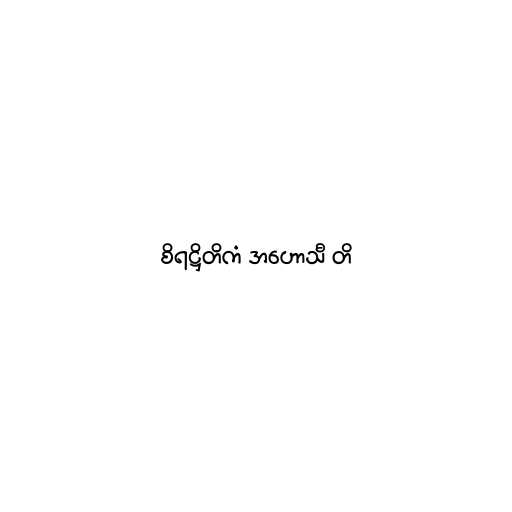
စိရဋ္ဌိတိကံ အဟောသီ တိ